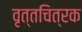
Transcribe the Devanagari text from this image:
वृत्तचित्रक